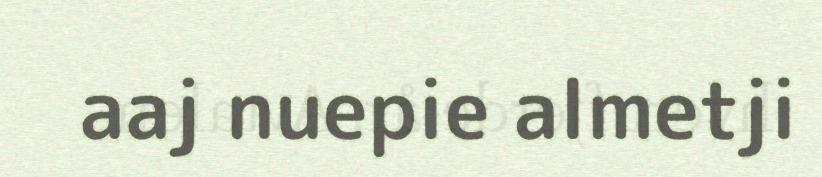
aaj nuepie almetji